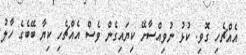
އެއްޗެހި ގޮވި. ކުޅު ނުވިއްސާށޭ ކިޔައިގެން ވެސް އެއްޗެހި ކިޔާ ބޭބެގެ ހާލު